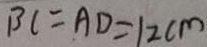
B C = A D = 1 2 c m